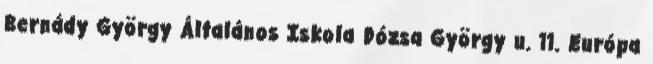
Bernády György Általános Iskola Dózsa György u. 11. Európa